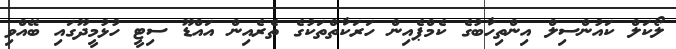
ލޯކަލް ކައުންސިލް އިންތިހާބުގެ ކެމްޕެއިން ހަރަކާތްތަކުގެ ތެރެއިން އައްޑޫ ސިޓީ ހުޅުމީދޫގައި ބޭއްވި